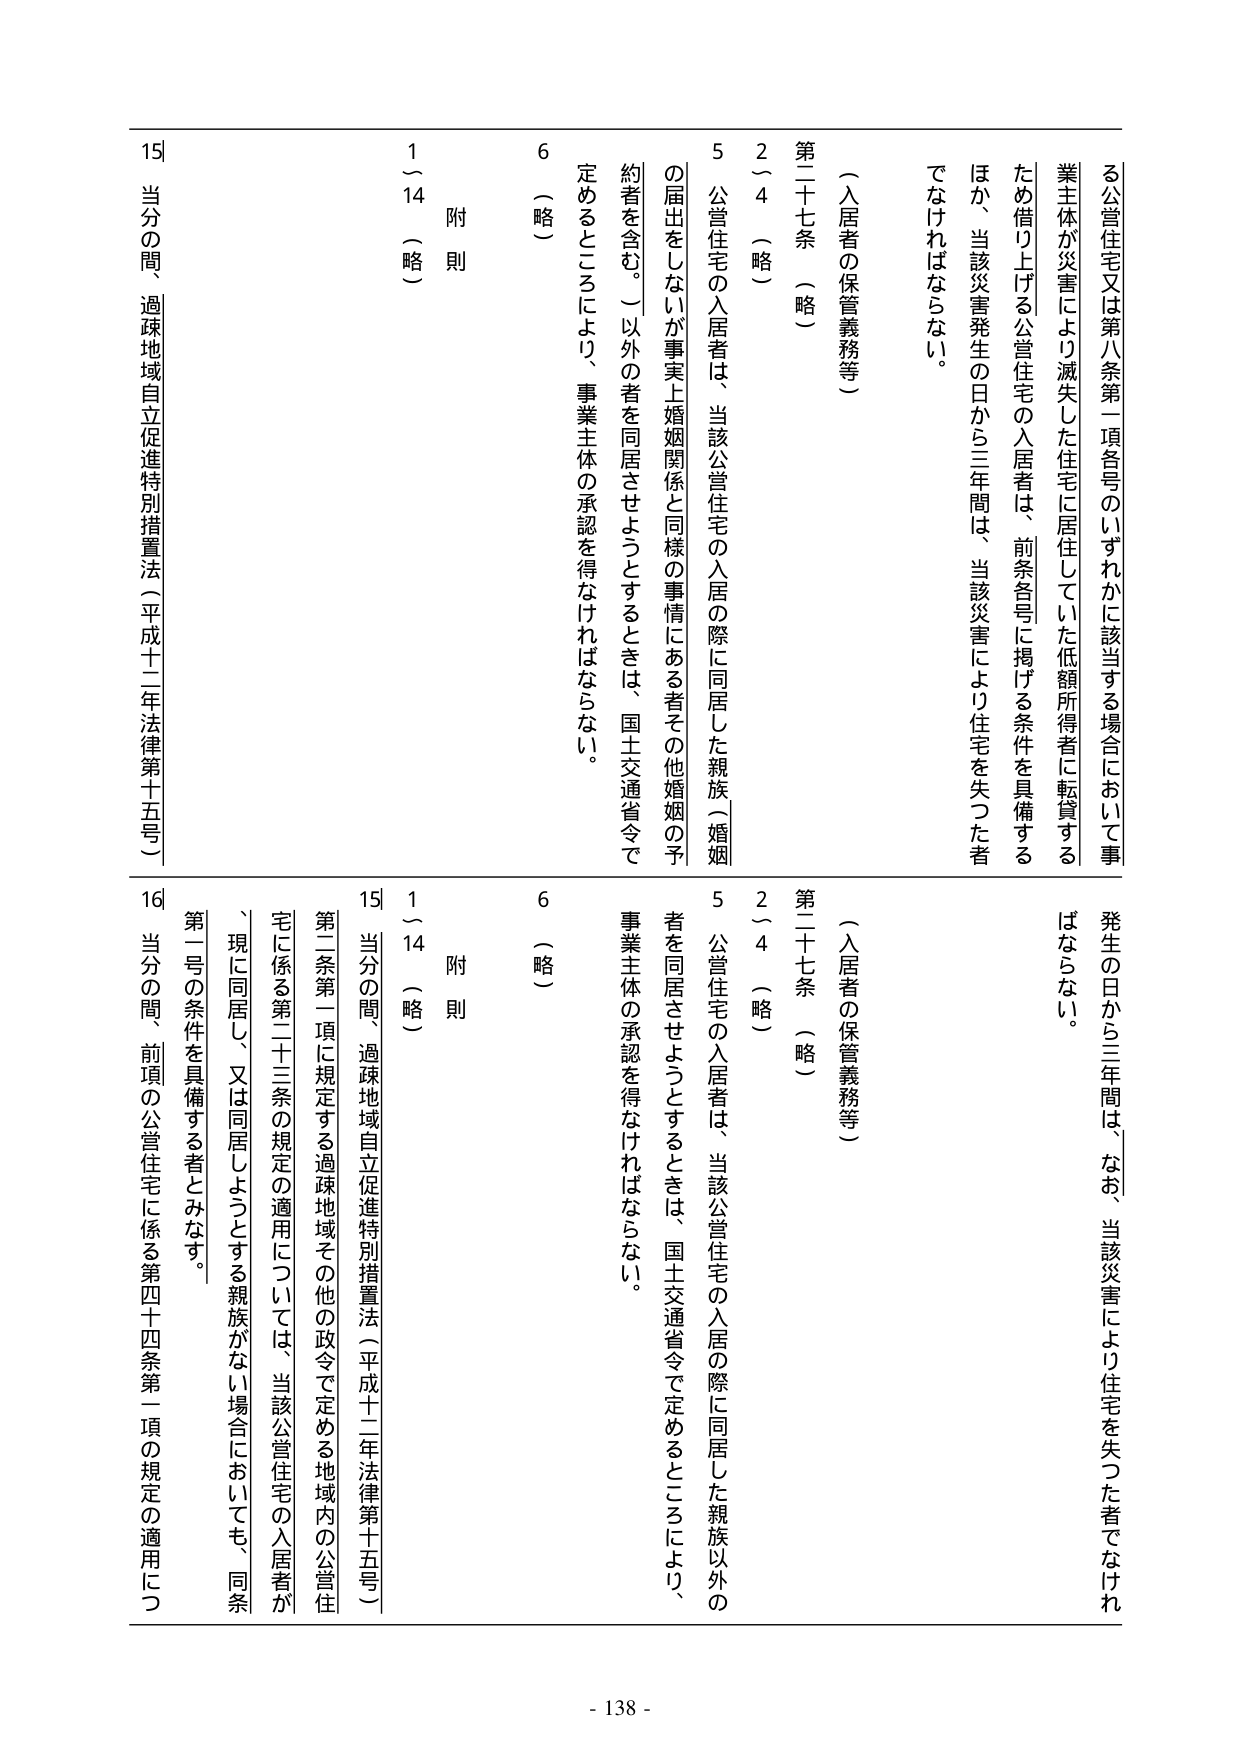
る公営住宅又は第八条第一項各号のいずれかに該当する場合において事業主体が災害により滅失した住宅に居住していた低額所得者に転貸するため借り上げる公営住宅の入居者は、前条各号に掲げる条件を具備するほか、当該災害発生の日から三年間は、当該災害により住宅を失った者でなければならない。

（入居者の保管義務等）

第二十七条 （略）

2～4 （略）

5 公営住宅の入居者は、当該公営住宅の入居の際に同居した親族（婚姻の届出をしないが事実上婚姻関係と同様の事情にある者その他婚姻の予約者を含む。）以外の者を同居させようとするときは、国土交通省令で定めるところにより、事業主体の承認を得なければならない。

6 （略）

附則

1～14 （略）

15 当分の間、過疎地域自立促進特別措置法（平成十二年法律第十五号）

発生の日から三年間は、なお、当該災害により住宅を失った者でなければならない。

（入居者の保管義務等）

第二十七条 （略）

2～4 （略）

5 公営住宅の入居者は、当該公営住宅の入居の際に同居した親族以外の者を同居させようとするときは、国土交通省令で定めるところにより、事業主体の承認を得なければならない。

6 （略）

附則

1～14 （略）

15 当分の間、過疎地域自立促進特別措置法（平成十二年法律第十五号）

第二条第一項に規定する過疎地域その他の政令で定める地域内の公営住宅に係る第二十三条の規定の適用については、当該公営住宅の入居者が、現に同居し、又は同居しようとする親族がない場合においても、同条第二号の条件を具備する者とみなす。

16 当分の間、前項の公営住宅に係る第四十四条第一項の規定の適用につ

- 138 -